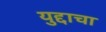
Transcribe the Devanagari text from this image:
युद्दाचा